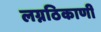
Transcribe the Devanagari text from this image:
लग्नठिकाणी